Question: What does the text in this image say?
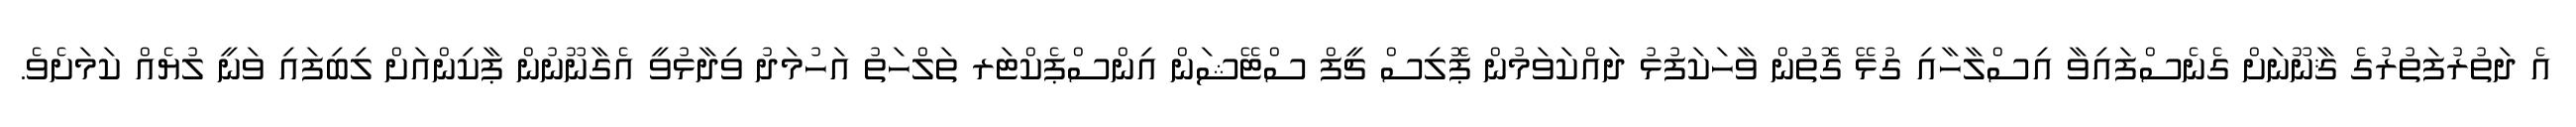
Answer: އެ ދަތުރުފަތުރުގެ ޤާނޫނަށް ގެނެސްފައިވާ އިސްލާހާއި ގުޅޭ ގޮތުން ވާހަކަފުޅު ދައްކަވަމުން ޕޮލިސް ޗީފް ސްޓޭޝަން އިންސްޕެކްޓަރ ތަލްހަތު އަހުމަދު ވިދާޅުވީ އެގާނޫނުން ޕާކިންއަށް ލިބިފައި ވަނީ ލުޔެއް ކަމަށެވެ.